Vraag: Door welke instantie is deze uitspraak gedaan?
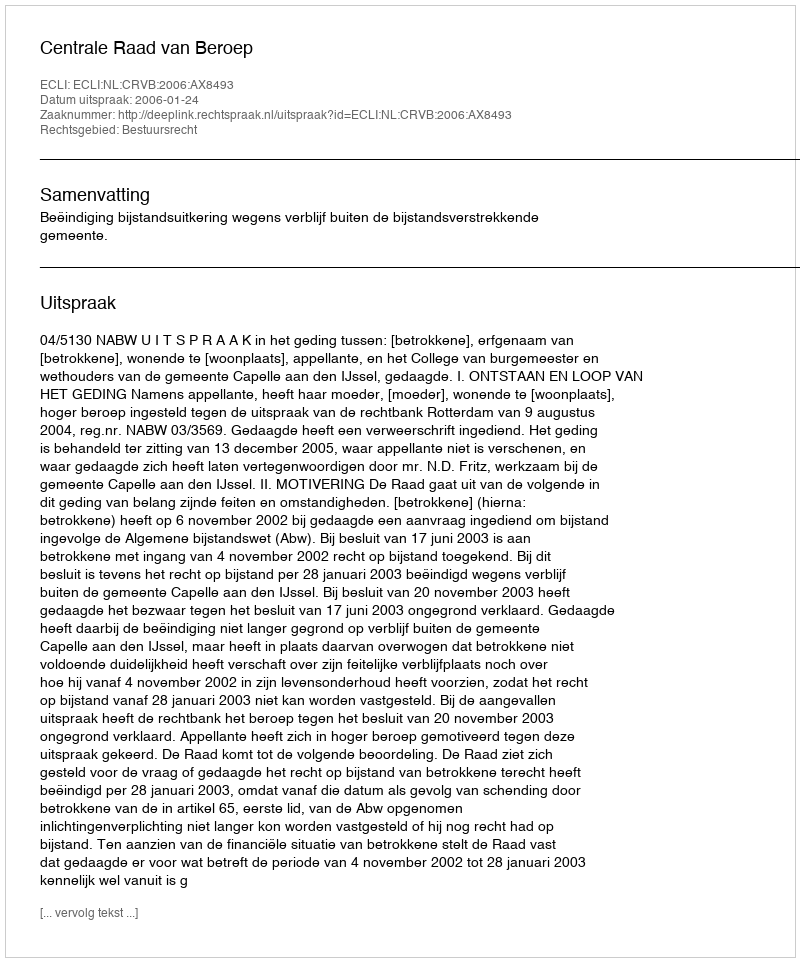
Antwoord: Centrale Raad van Beroep